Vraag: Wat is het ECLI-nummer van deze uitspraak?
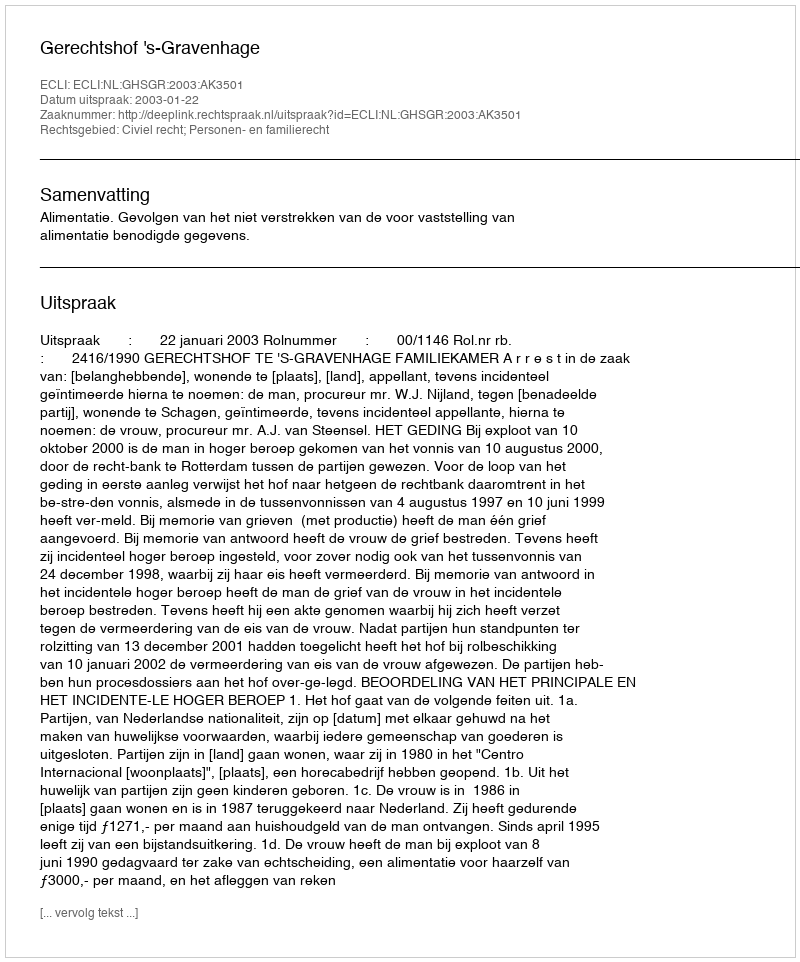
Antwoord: ECLI:NL:GHSGR:2003:AK3501